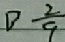
D \frac { 2 } { 9 }